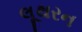
લૂથરન